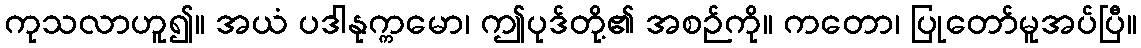
ကုသလာဟူ၍။ အယံ ပဒါနုက္ကမော၊ ဤပုဒ်တို့၏ အစဉ်ကို။ ကတော၊ ပြုတော်မူအပ်ပြီ။